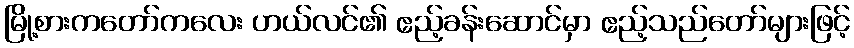
မြို့စားကတော်ကလေး ဟယ်လင်၏ ဧည့်ခန်းဆောင်မှာ ဧည့်သည်တော်များဖြင့်